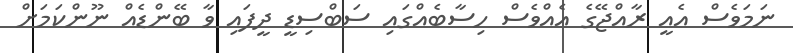
ނަމަވެސް އެއީ ރާއްޖޭގެ އެއްވެސް ހިސާބެއްގައި ސަބްސިޑީ ދީފައި ވާ ބޭންޑެއް ނޫންކަމަށް